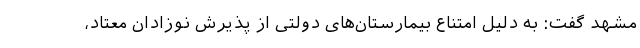
مشهد گفت: به دلیل امتناع بیمارستان‌های دولتی از پذیرش نوزادان معتاد،